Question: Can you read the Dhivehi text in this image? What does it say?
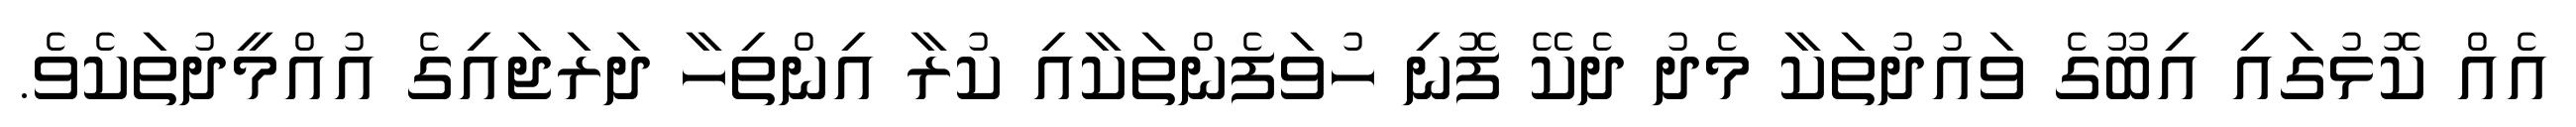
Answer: އެއް ކޮޅުގައި އިބޫގެ ވައުދުތަކާ މެދު ދެކޭ ފޮނި ހުވަފެންތަކާއި ކުރާ އިންތިހާ ދަރަޖައިގެ އުއްމީދުތަކެވެ.